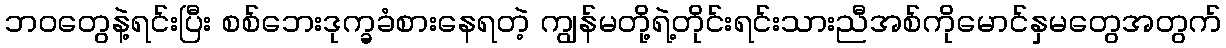
ဘဝတွေနဲ့ရင်းပြီး စစ်ဘေးဒုက္ခခံစားနေရတဲ့ ကျွန်မတို့ရဲ့တိုင်းရင်းသားညီအစ်ကိုမောင်နှမတွေအတွက်